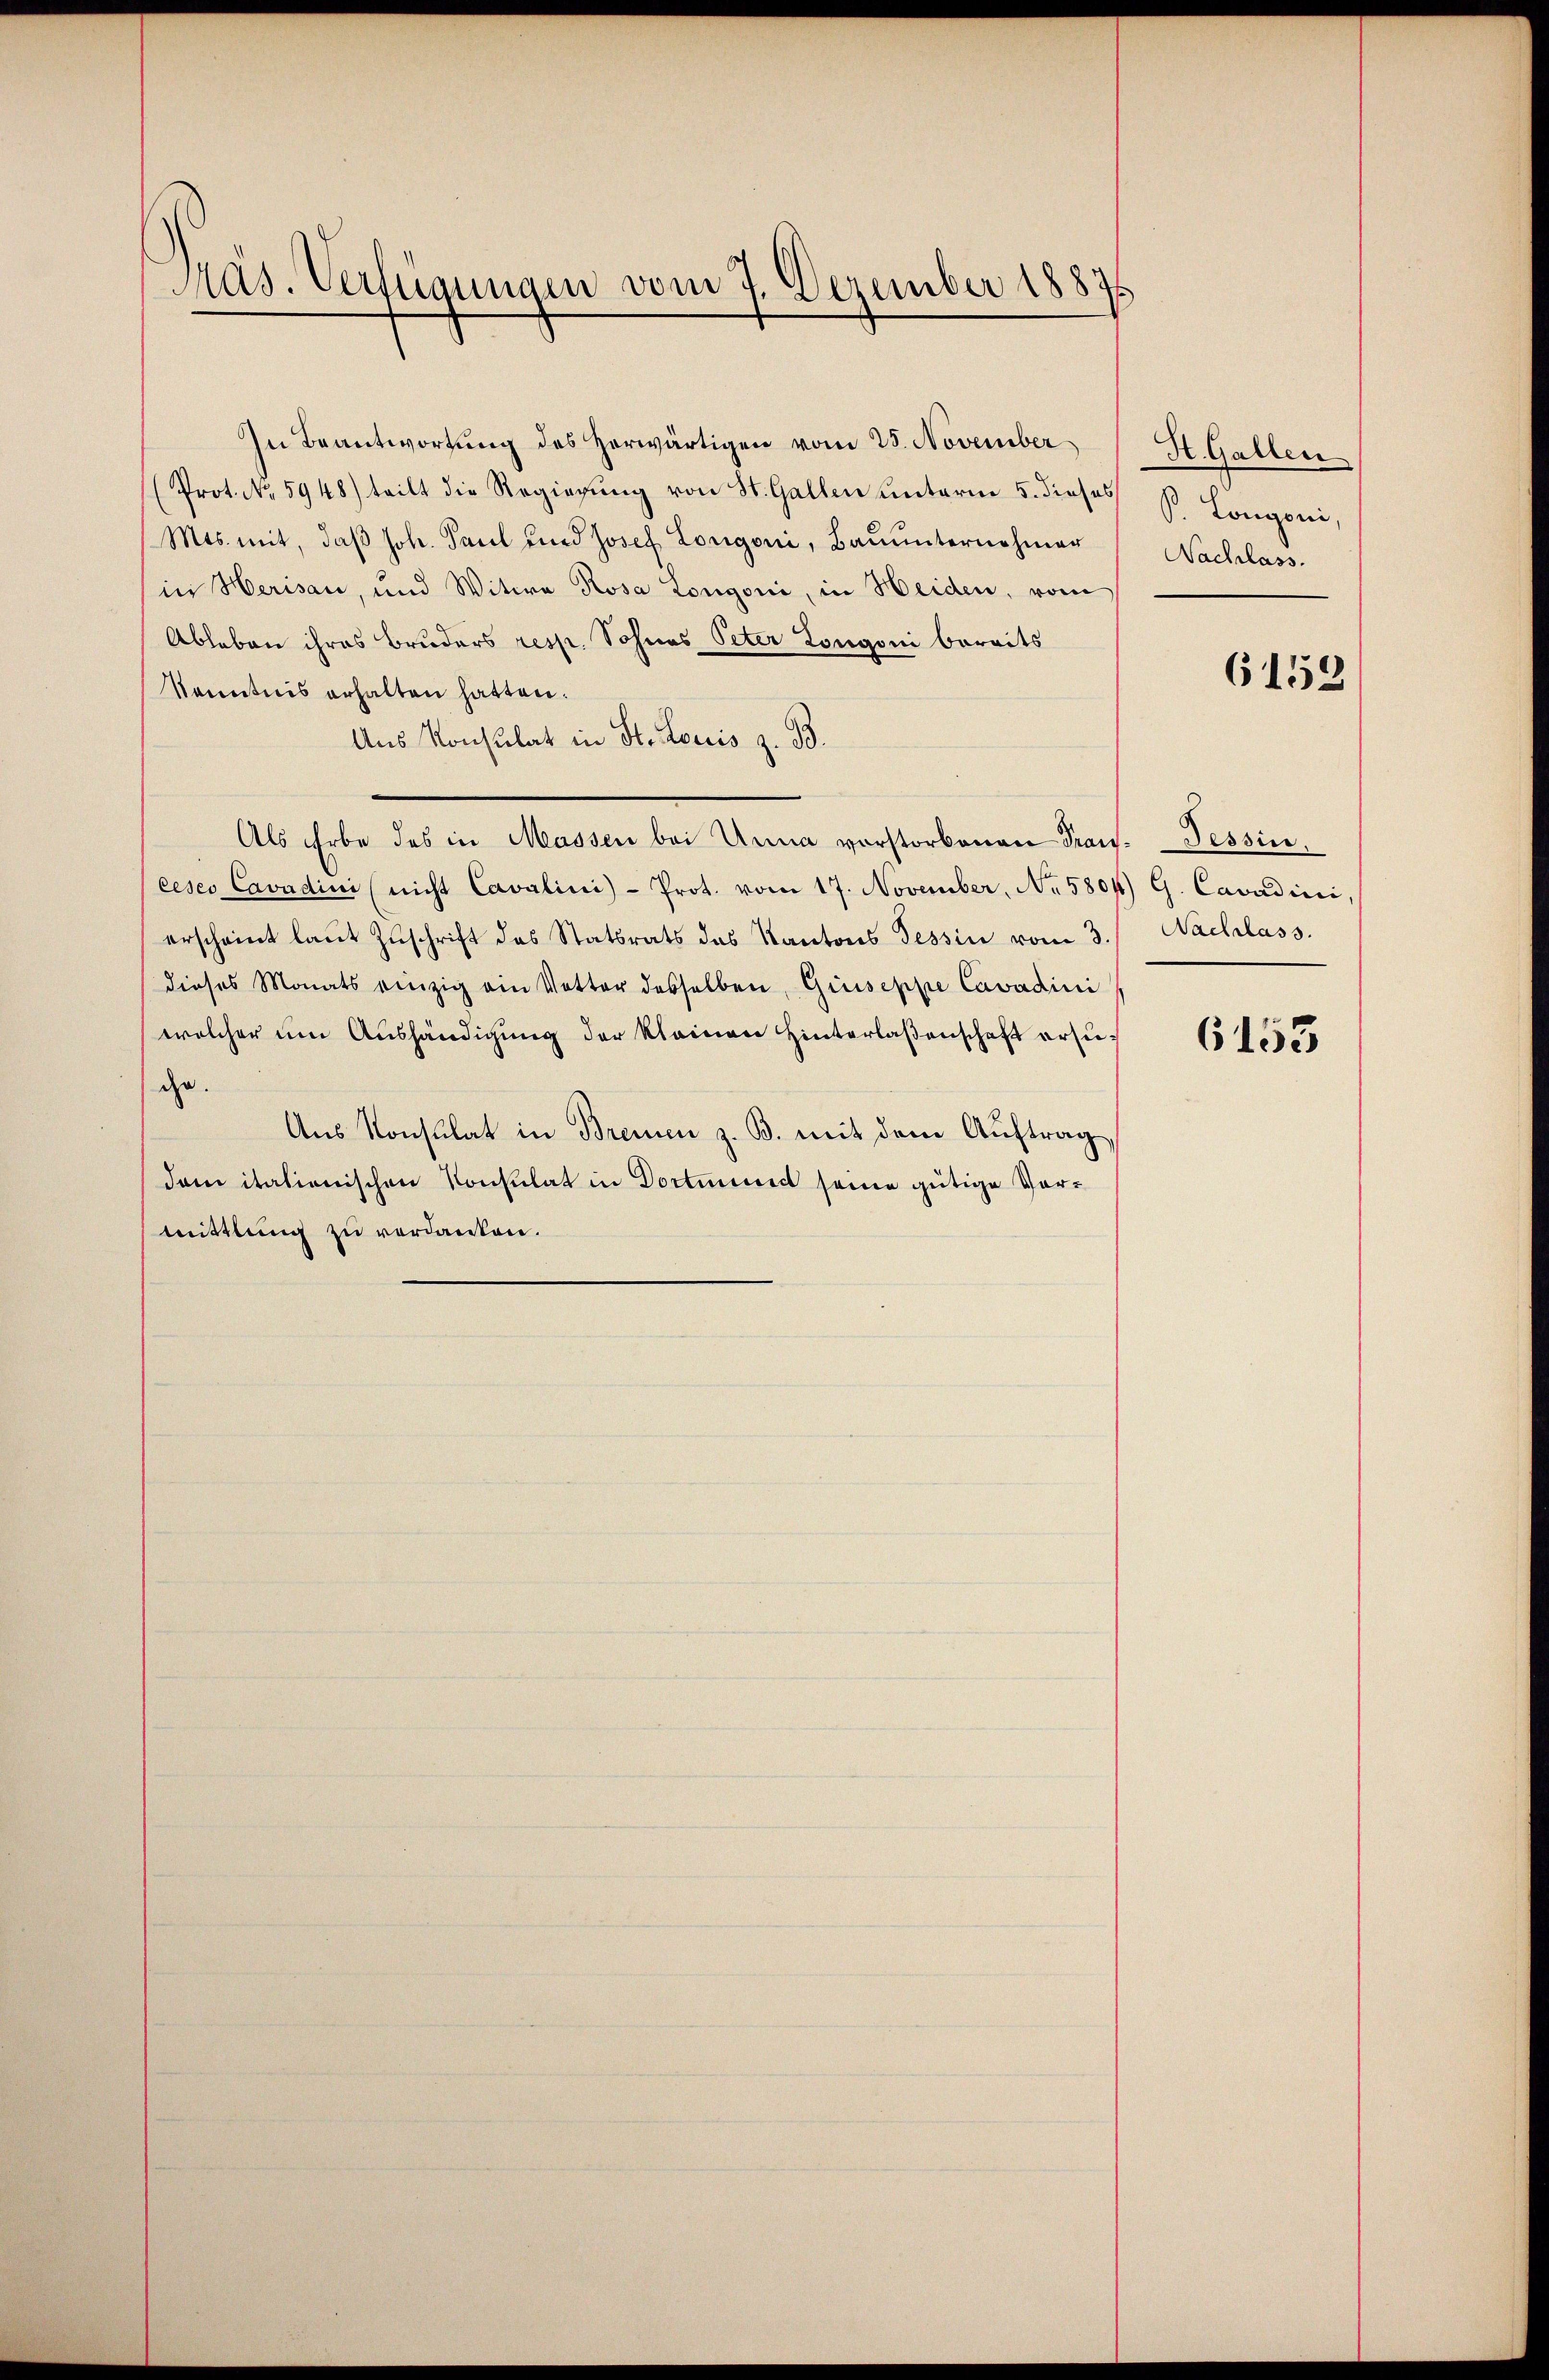
Präs. Verfügungen vom 7. Dezember 18875

In Beantwortung des Herwärtigen vom 25. November
(Prot. No. 5948) teilt die Regierŭng von St. Gallen unterm 5. dieses
Mts. mit, daß Joh. Paul und Josef Lorigoni, Baŭŭnternehmer
in Herisau, und Witwe Rosa Longoni, in Heiden, vom
Ableben ihres Bruders resp. Sohnes Peter Longoni bereits
Kenntnis erhalten hatten.
Ans Konsulat in St. Louis z. B.
Als Erbe des in Massen bei Anna vorstorbenen Trans. Tessin.
ceses Cavadini (nicht Cavalini)- Prot. vom 17. November, No 5804) G. Cavadini,
erscheint laŭt Zŭschrift des Statsrats das Kantons Tessin vom 3.
dieses Monats einzig ein Vetter desselben, Giuseppe Cavadini
welcher um Aushändigung der kleinen Hinterlaßenschaft ersuche.
Aus Konsulat in Bremen z. B. mit dem Auftrag
dem itationischen Konsulat in Dortmind seine gütige Vormittlung zu verdanken.

Ht. Gallen
P. Longoni,
Nachlass.

6152

Nachlass.

6153